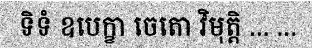
ទិទំ ឧបេក្ខា ចេតោ វិមុត្តិ ... ...